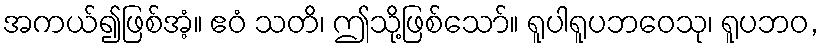
အကယ်၍ဖြစ်အံ့။ ဧဝံ သတိ၊ ဤသို့ဖြစ်သော်။ ရူပါရူပဘဝေသု၊ ရူပဘဝ,